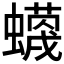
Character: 𧓡